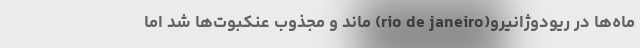
ماه‌ها در ریودوژانیرو(rio de janeiro) ماند و مجذوب عنکبوت‌ها شد اما